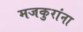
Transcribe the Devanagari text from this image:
मजकुरांना